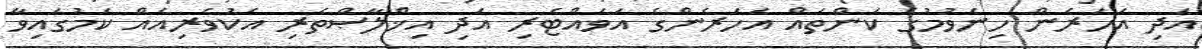
އަދި އަހަރެން ހިނެވުމުގެ ކަންތައް އަހަރެންގެ އަވައްޓެރި އަދި އިޚްލާޞްތެރި އެކުވެރިއެއް ކަމުގައިވާ